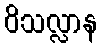
ဝိသလ္လာန